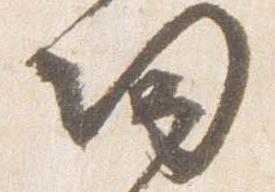
帰